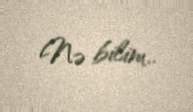
Nə bilim..